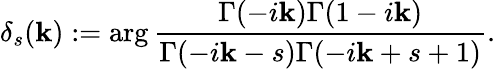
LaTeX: \delta_{s}(\mathbf{k}):=\arg\frac{{\Gamma(-i\mathbf{k})\Gamma(1-i\mathbf{k})}}{{\Gamma(-i\mathbf{k}-s)\Gamma(-i\mathbf{k}+s+1)}}.